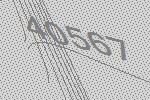
40567